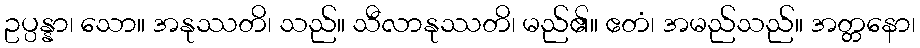
ဥပ္ပန္နာ၊ သော။ အနုဿတိ၊ သည်။ သီလာနုဿတိ၊ မည်၏။ ဧတံ၊ အမည်သည်။ အတ္တနော၊